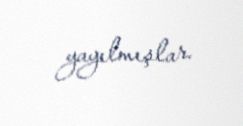
yayılmışlar.